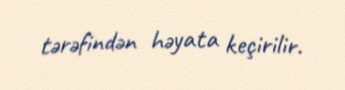
tərəfindən həyata keçirilir.